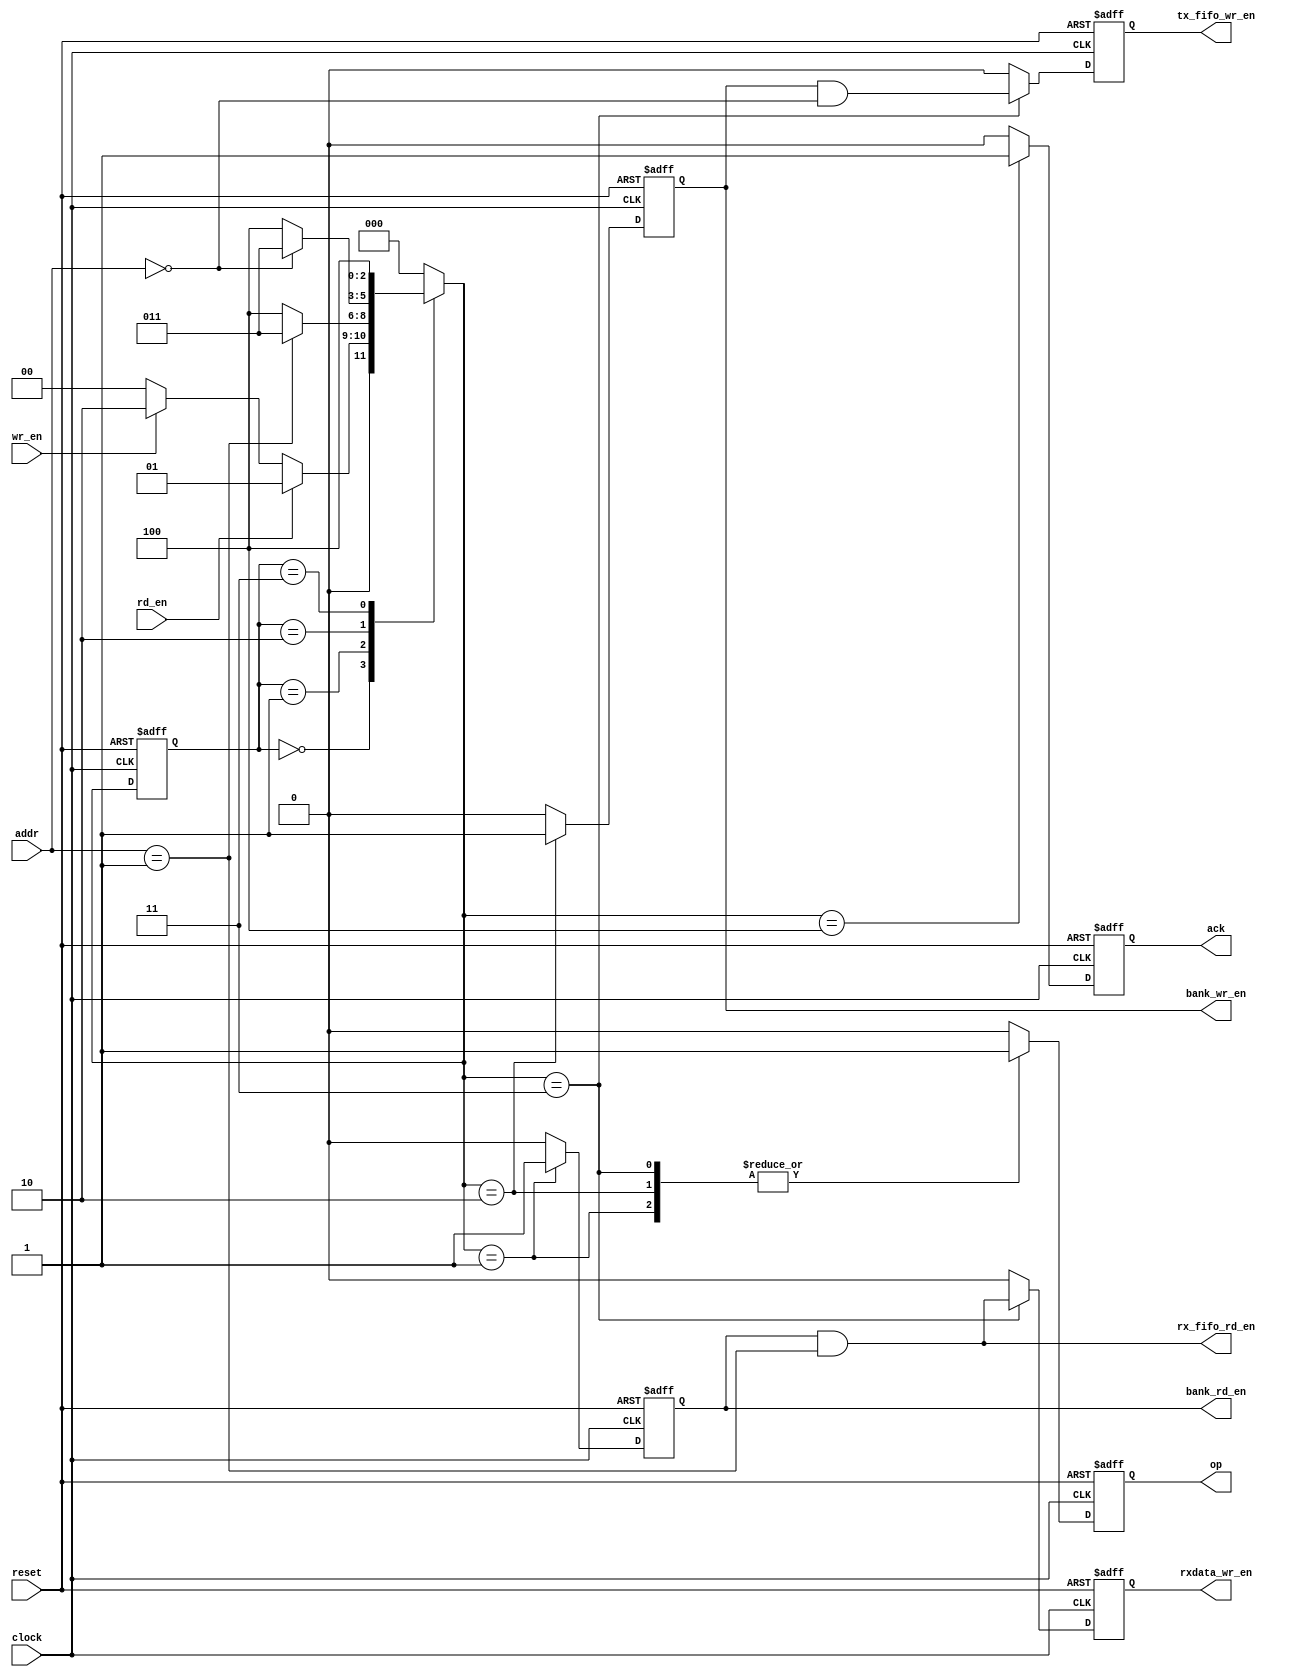
module uart_fsm #(
    parameter integer LITEX_ARCH = 0
) (
    // COMMON
    input wire clock,
    input wire reset,
    input wire rd_en,
    input wire wr_en,
    input wire [2:0] addr,
    output reg op,
    output reg ack,
    // BANK
    output wire bank_rd_en,
    output wire bank_wr_en,
    output wire rxdata_wr_en,
    // DEBUG
`ifdef DEBUG
    output wire [2:0] present_state_,
`endif
    // PHY
    output wire tx_fifo_wr_en,
    output wire rx_fifo_rd_en
);

  reg _rd_en, _wr_en;
  reg end_wr, end_rd;

  // FSM
  reg [2:0] present_state, next_state;  // Estado da transmissão

  // Estados possíveis
  localparam reg [2:0] Idle = 3'b000, Read = 3'b001, Write = 3'b010, EndOp = 3'b011, Final = 3'b100;

  function automatic is_txdata_addr(input integer litex_arch, input reg [2:0] addr);
    begin
      is_txdata_addr = (addr == 3'b000);
    end
  endfunction

  function automatic is_rxdata_addr(input integer litex_arch, input reg [2:0] addr);
    begin
      is_rxdata_addr = litex_arch ? (addr == 3'b000) : (addr == 3'b001);
    end
  endfunction

  always @(posedge clock, posedge reset) begin
    if (reset) present_state <= Idle;
    else present_state <= next_state;
  end

  // Lógica de Transição de Estado
  always @(*) begin
    next_state = Idle;
    case (present_state)
      Idle: begin
        if (rd_en) next_state = Read;
        else if (wr_en) next_state = Write;
      end
      Read: begin
        if (is_rxdata_addr(LITEX_ARCH, addr)) next_state = EndOp;
        else next_state = Final;
      end
      Write: begin
        if (is_txdata_addr(LITEX_ARCH, addr)) next_state = EndOp;
        else next_state = Final;
      end
      EndOp:   next_state = Final;
      default: next_state = Idle;  // Final
    endcase
  end

  // Lógica de saída
  always @(posedge clock, posedge reset) begin
    ack    <= 1'b0;
    op     <= 1'b0;
    _rd_en <= 1'b0;
    _wr_en <= 1'b0;
    end_rd <= 1'b0;
    end_wr <= 1'b0;
    if (reset) begin
    end else begin
      case (next_state)
        Read: begin
          op     <= 1'b1;
          _rd_en <= 1'b1;
        end
        Write: begin
          op     <= 1'b1;
          _wr_en <= 1'b1;
        end
        EndOp: begin
          op     <= 1'b1;
          end_rd <= _rd_en & is_rxdata_addr(LITEX_ARCH, addr);
          end_wr <= _wr_en & is_txdata_addr(LITEX_ARCH, addr);
        end
        Final: begin
          ack <= 1'b1;
        end
        default: begin  // Nothing to do (Idle)
        end
      endcase
    end
  end

  assign bank_rd_en = _rd_en;
  assign bank_wr_en = _wr_en;
  assign rxdata_wr_en = end_rd;
  assign tx_fifo_wr_en = end_wr;
  assign rx_fifo_rd_en = _rd_en & is_rxdata_addr(LITEX_ARCH, addr);

  // DEBUG
`ifdef DEBUG
  assign present_state_ = present_state;
`endif

endmodule